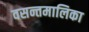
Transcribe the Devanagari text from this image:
वसन्तमालिका